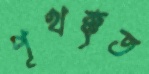
পৃথক্‌কৃত